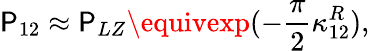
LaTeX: \mathsf{P}_{12}\approx\mathsf{P}_{LZ}\equivexp(-\frac{{\pi}}{{2}}\kappa_{12}^{R}),